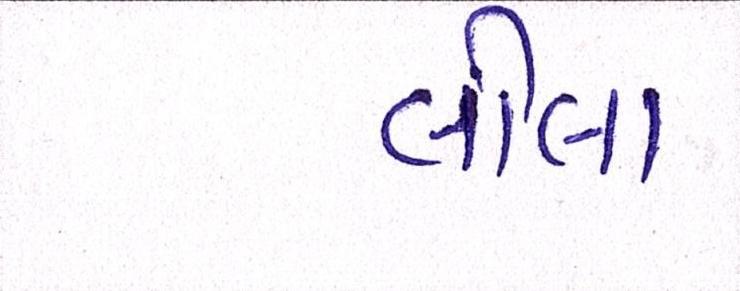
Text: લીલા